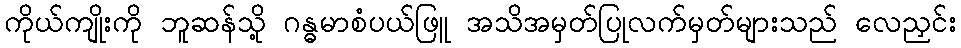
ကိုယ်ကျိုးကို ဘူဆန်သို့ ဂန္ဓမာစံပယ်ဖြူ အသိအမှတ်ပြုလက်မှတ်များသည် လေညှင်း